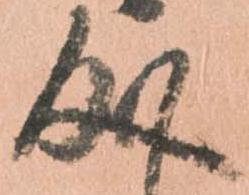
成